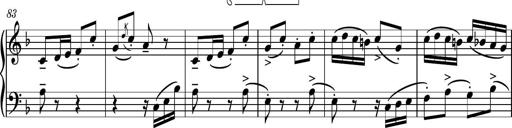
Title: Piano Sonatina No.8
Composer: Dimitri Sykias
Key: F major